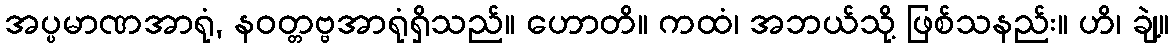
အပ္ပမာဏအာရုံ, နဝတ္တဗ္ဗအာရုံရှိသည်။ ဟောတိ။ ကထံ၊ အဘယ်သို့ ဖြစ်သနည်း။ ဟိ၊ ချဲ့။